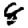
Digit: 8